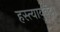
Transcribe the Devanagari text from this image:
हस्त्यायुर्वेद।